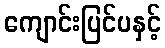
ကျောင်းပြင်ပနှင့်